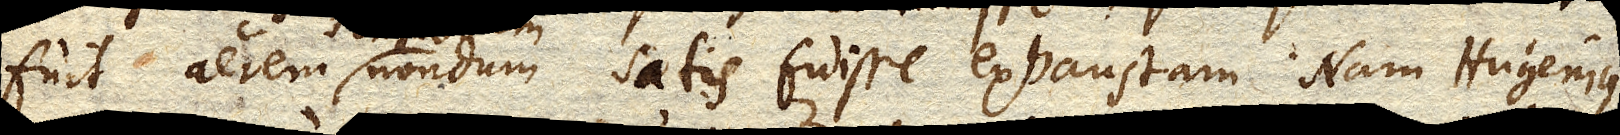
fuit aerem nondum satis fuisse exhaustam. Nam Hugenius